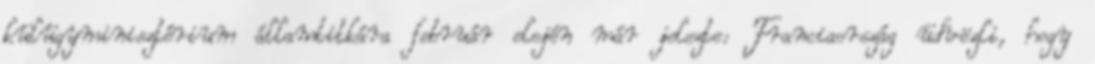
külügyminisztérium államtitkára február elején már jelezte: Franciaország üdvözli, hogy